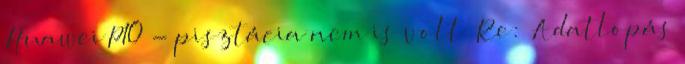
Huawei P10 - pisztácia nem is volt Re: Adatlopás